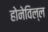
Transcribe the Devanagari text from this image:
होनेविल्ल